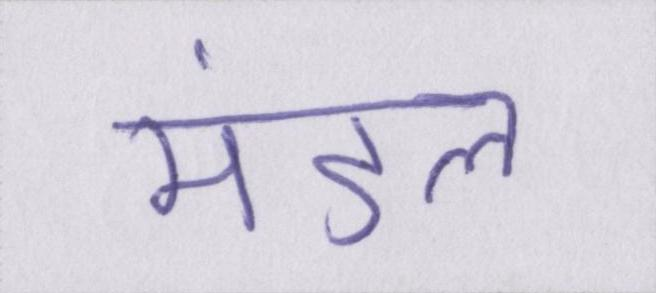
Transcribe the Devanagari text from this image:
मंडल